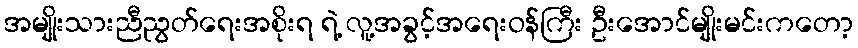
အမျိုးသားညီညွတ်ရေးအစိုးရ ရဲ့ လူ့အခွင့်အရေးဝန်ကြီး ဦးအောင်မျိုးမင်းကတော့